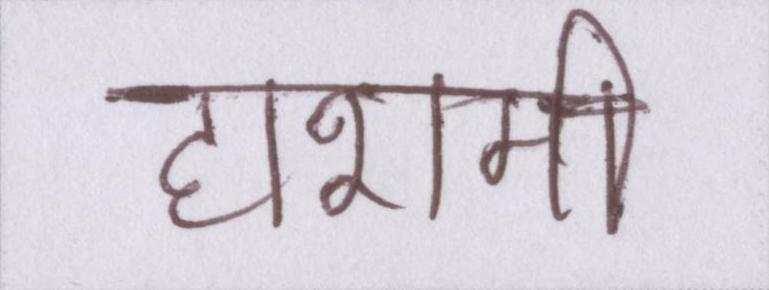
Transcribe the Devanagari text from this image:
हाशमी